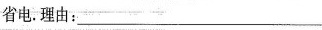
省电。理由：___